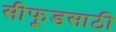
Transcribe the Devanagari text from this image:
सीफूडसाठी